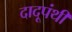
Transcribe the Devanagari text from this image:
दादूपंथी